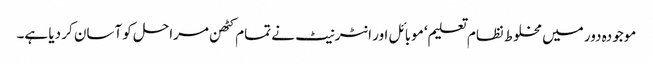
موجودہ دور میں مخلوط نظام تعلیم‘ موبائل اور انٹرنیٹ نے تمام کٹھن مراحل کو آسان کر دیا ہے۔